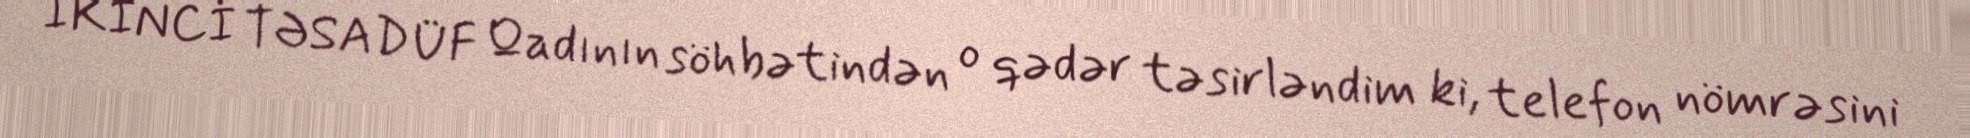
İKİNCİ TƏSADÜF Qadının söhbətindən o qədər təsirləndim ki, telefon nömrəsini